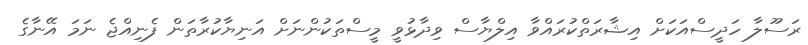
ރަސޫލާ ހަދީސްއަކަށް އިޝާރަތްކުރައްވާ އިލްޔާސް ވިދާޅުވީ މީސްތަކުންނަށް އަނިޔާކުރާތަން ފެނިއްޖެ ނަމަ އޭނާގެ